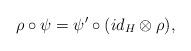
LaTeX: \begin{align*}\rho\circ\psi=\psi'\circ(id_H\otimes \rho),\end{align*}